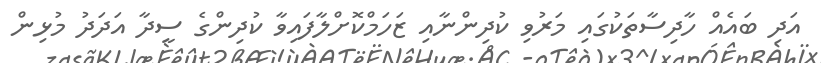
އަދި ބައެއް ހާދިސާތަކުގައި މަރުވި ކުދިންނާއި ޒަހަމްކޮށްލާފައިވާ ކުދިންގެ ސީދާ އަދަދު މުޅިން